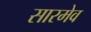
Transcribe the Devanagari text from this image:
सारमेव